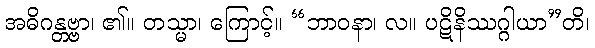
အဓိဂန္တဗ္ဗာ၊ ၏။ တသ္မာ၊ ကြောင့်။ “ဘာဝနာ၊ လ။ ပဋိနိဿဂ္ဂါယာ”တိ၊